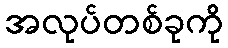
အလုပ်တစ်ခုကို